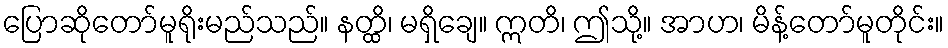
ပြောဆိုတော်မူရိုးမည်သည်။ နတ္ထိ၊ မရှိချေ။ ဣတိ၊ ဤသို့။ အာဟ၊ မိန့်တော်မူတိုင်း။